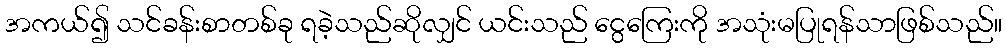
အကယ်၍ သင်ခန်းစာတစ်ခု ရခဲ့သည်ဆိုလျှင် ယင်းသည် ငွေကြေးကို အသုံးမပြုရန်သာဖြစ်သည်။